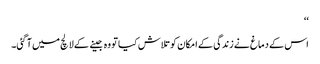
‘‘
اس کے دماغ نے زندگی کے امکان کو تلاش کیا تو وہ جینے کے لالچ میں آ گئی۔